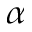
\alpha